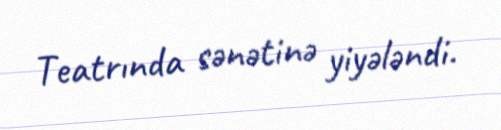
Teatrında sənətinə yiyələndi.